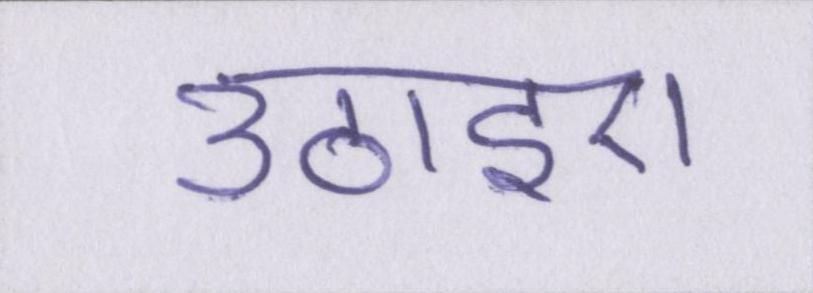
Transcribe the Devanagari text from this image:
उठाइए